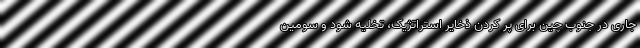
جاری در جنوب چین برای پر کردن ذخایر استراتژیک، تخلیه شود و سومین